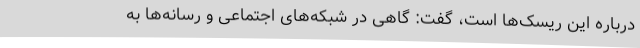
درباره این ریسک‌ها است، گفت: گاهی در شبکه‌های اجتماعی و رسانه‌ها به